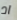
اد